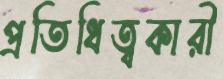
প্রতিধিত্বকারী